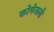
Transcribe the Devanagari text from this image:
कोमेजली